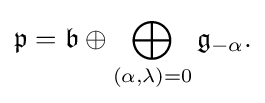
\displaystyle {{\mathfrak {p}}={\mathfrak {b}}\oplus \bigoplus _{(\alpha ,\lambda )=0}{\mathfrak {g}}_{-\alpha }.}